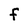
Character: F